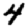
Digit: 4